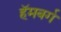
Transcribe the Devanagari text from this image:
हॅमबर्ग